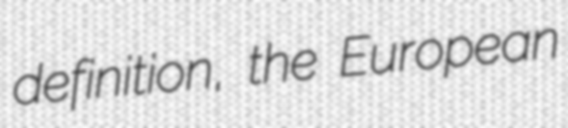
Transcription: definition, the European